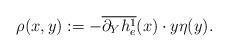
LaTeX: \begin{align*}\rho(x,y):=-\overline{\partial_Y h^1_e}(x)\cdot y\eta(y).\end{align*}